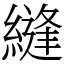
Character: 縫